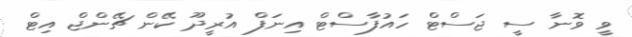
ވީ ވޮނާ ސީ ޖަސްޓް ހައުފާސްޓް އިނަފް އުރީދޫ ކޭން ޗޭންޖް އިޓް